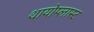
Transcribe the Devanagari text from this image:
थायोप्लास्ट